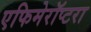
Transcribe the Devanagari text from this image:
एफिमेरॉप्टरा